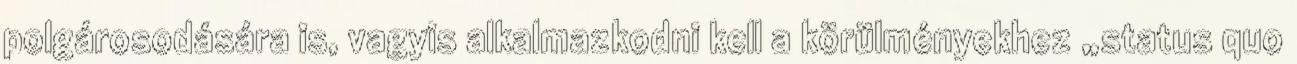
polgárosodására is, vagyis alkalmazkodni kell a körülményekhez „status quo